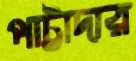
পাট্টাদার